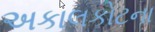
અકાલકોટના